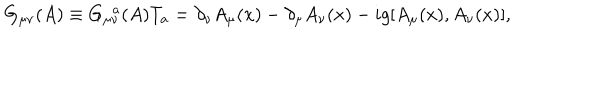
G _ { \mu \nu } ( A ) \equiv G _ { \mu \nu } ^ { ~ ~ a } ( A ) T _ { a } = \partial _ { \nu } A _ { \mu } ( x ) - \partial _ { \mu } A _ { \nu } ( x ) - i g [ A _ { \mu } ( x ) , A _ { \nu } ( x ) ] ,